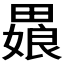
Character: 𬏒